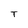
Character: T